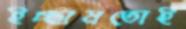
ইচ্ছামতোই